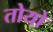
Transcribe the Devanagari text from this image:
तोयो